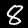
Digit: 8